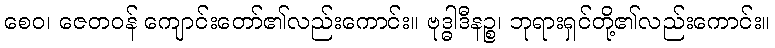
စေဝ၊ ဇေတဝန် ကျောင်းတော်၏လည်းကောင်း။ ဗုဒ္ဓါဒီနဉ္စ၊ ဘုရားရှင်တို့၏လည်းကောင်း။